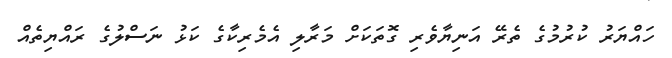
ހައްޔަރު ކުރުމުގެ ތެރޭ އަނިޔާވެރި ގޮތަކަށް މަރާލި އެމެރިކާގެ ކަޅު ނަސްލުގެ ރައްޔިތެއް